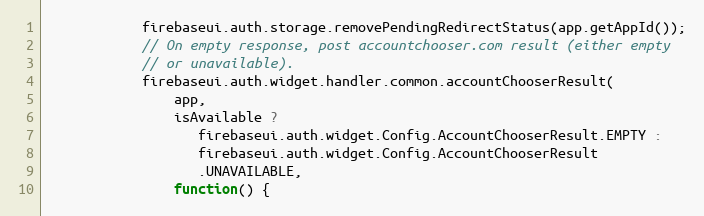
Language: JavaScript
            firebaseui.auth.storage.removePendingRedirectStatus(app.getAppId());
            // On empty response, post accountchooser.com result (either empty
            // or unavailable).
            firebaseui.auth.widget.handler.common.accountChooserResult(
                app,
                isAvailable ?
                   firebaseui.auth.widget.Config.AccountChooserResult.EMPTY :
                   firebaseui.auth.widget.Config.AccountChooserResult
                   .UNAVAILABLE,
                function() {